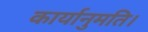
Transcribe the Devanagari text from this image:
कार्यानुमति।